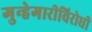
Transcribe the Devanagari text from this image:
गुन्हेगारीविरोधी